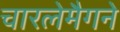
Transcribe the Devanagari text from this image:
चारलेमैगने